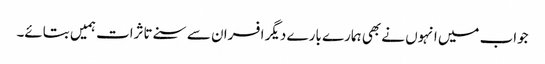
جواب میں انہوں نے بھی ہمارے بارے دیگر افسران سے سنے تاثرات ہمیں بتائے۔